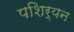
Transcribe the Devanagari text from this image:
पशिर्यन